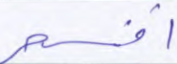
أفسحر